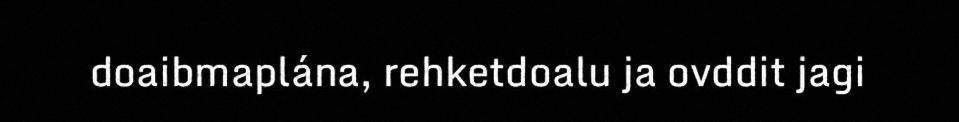
doaibmaplána, rehketdoalu ja ovddit jagi